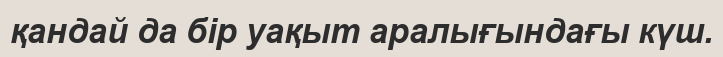
қандай да бір уақыт аралығындағы күш.